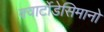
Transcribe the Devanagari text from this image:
क्वार्टोडेसिमानो